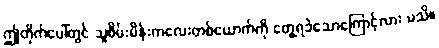
ဤတိုက်ပေါ်တွင် သူစိမ်းမိန်းကလေးတစ်ယောက်ကို တွေ့ရခဲသောကြောင့်လား မသိ။